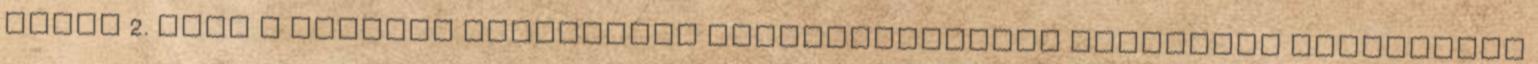
félév 2. cikk A háborús propaganda nagymestereként ismeretes Washington